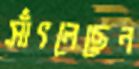
সাঁৎলেছেন